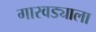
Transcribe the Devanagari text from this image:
गारवड्याला